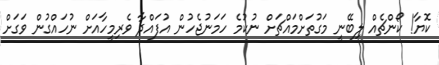
ކޮޔާ! ކޯންޗެއް ލިބޭނީ މަގުތަށްމައްޗަށް ނުކުމެ ހަމަނުޖެހުން އުފައްދާ ވެރިމީހާއަށް ނުހައްގުން ވަގަށް